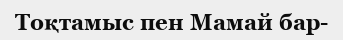
Тоқтамыс пен Мамай бар-